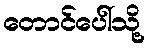
တောင်ပေါ်သို့